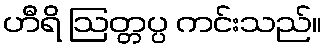
ဟီရိ ဩတ္တပ္ပ ကင်းသည်။